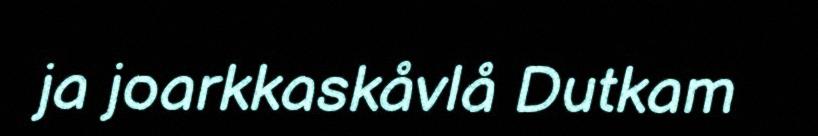
ja joarkkaskåvlå Dutkam